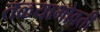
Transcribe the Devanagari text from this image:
तळ्याभोवती